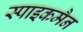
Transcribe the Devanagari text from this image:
स्पाइकमैन